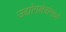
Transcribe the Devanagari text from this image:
उद्योगक्षेत्रांमध्ये